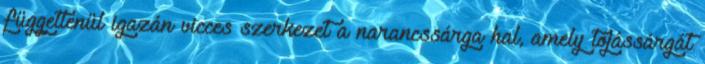
függetlenül igazán vicces szerkezet a narancssárga hal, amely tojássárgát